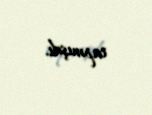
tapmışdı.